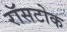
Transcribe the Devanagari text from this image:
रॉसटोक